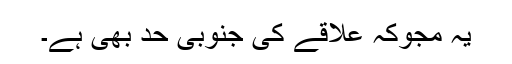
یہ مجوکہ علاقے کی جنوبی حد بھی ہے۔